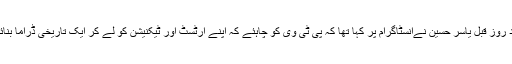
چند روز قبل یاسر حسین نےانسٹاگرام پر کہا تھا کہ پی ٹی وی کو چاہئے کہ اپنے آرٹسٹ اور ٹیکنیشن کو لے کر ایک تاریخی ڈراما بنائے۔